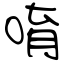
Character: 唷